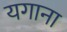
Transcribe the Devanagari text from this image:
यगाना